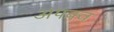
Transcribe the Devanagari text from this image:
अपक्‍व